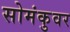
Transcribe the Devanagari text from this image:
सोमंकुवर